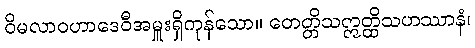
ဝိမလာဝဟာဒေဝီအမှူးရှိကုန်သော။ တေတ္တိသဣတ္ထိသဟဿာနံ၊